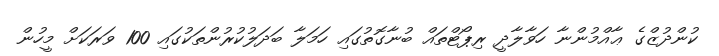
ކުންދުޒްގެ ޢާއްމުންނާ ހަވާލާދީ ރިޕޯޓްތައް ބުނާގޮތުގައި ހަމަލާ ބަދަލުކުރުންތަކުގައި 100 ވަރަކަށް މީހުން